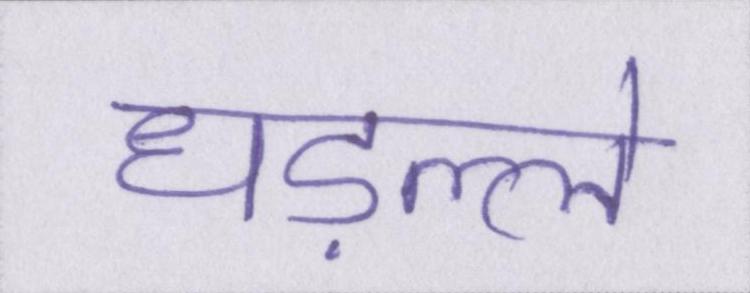
धड़ल्ले